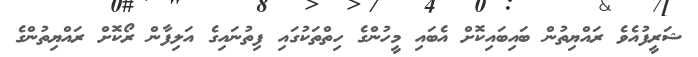
ޝަރީފުއެވެ ރައްޔިތުން ބައިބައިކޮށް އެބައި މީހުންގެ ހިތްތަކުގައި ފިތުނައިގެ އަލިފާން ރޯކޮށް ރައްޔިތުންގެ